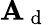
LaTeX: \mathbf{A}_{\mathrm{{~d~}}}